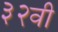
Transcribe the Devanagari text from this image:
३२वी